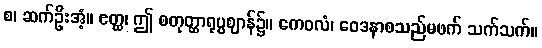
စ၊ ဆက်ဦးအံ့။ ဧတ္ထ၊ ဤ စတုတ္ထာရုပ္ပဈာန်၌။ ကေဝလံ၊ ဝေဒနာစသည်မဖက် သက်သက်။